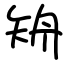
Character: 矪